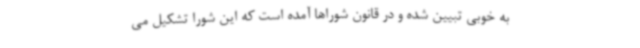
به خوبی تبیین شده و در قانون شوراها آمده است که این شورا تشکیل می